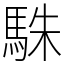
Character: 駯